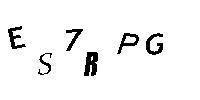
ES7RPG